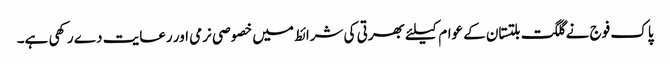
پاک فوج نے گلگت بلتستان کے عوام کیلئے بھرتی کی شرائط میں خصوصی نرمی اور رعایت دے رکھی ہے۔